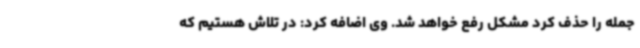
جمله را حذف کرد مشکل رفع خواهد شد. وی اضافه کرد: در تلاش هستیم که